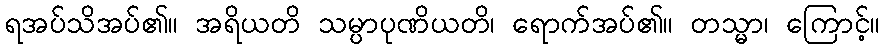
ရအပ်သိအပ်၏။ အရိယတိ သမ္ပာပုဏိယတိ၊ ရောက်အပ်၏။ တသ္မာ၊ ကြောင့်။